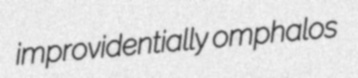
improvidentially omphalos